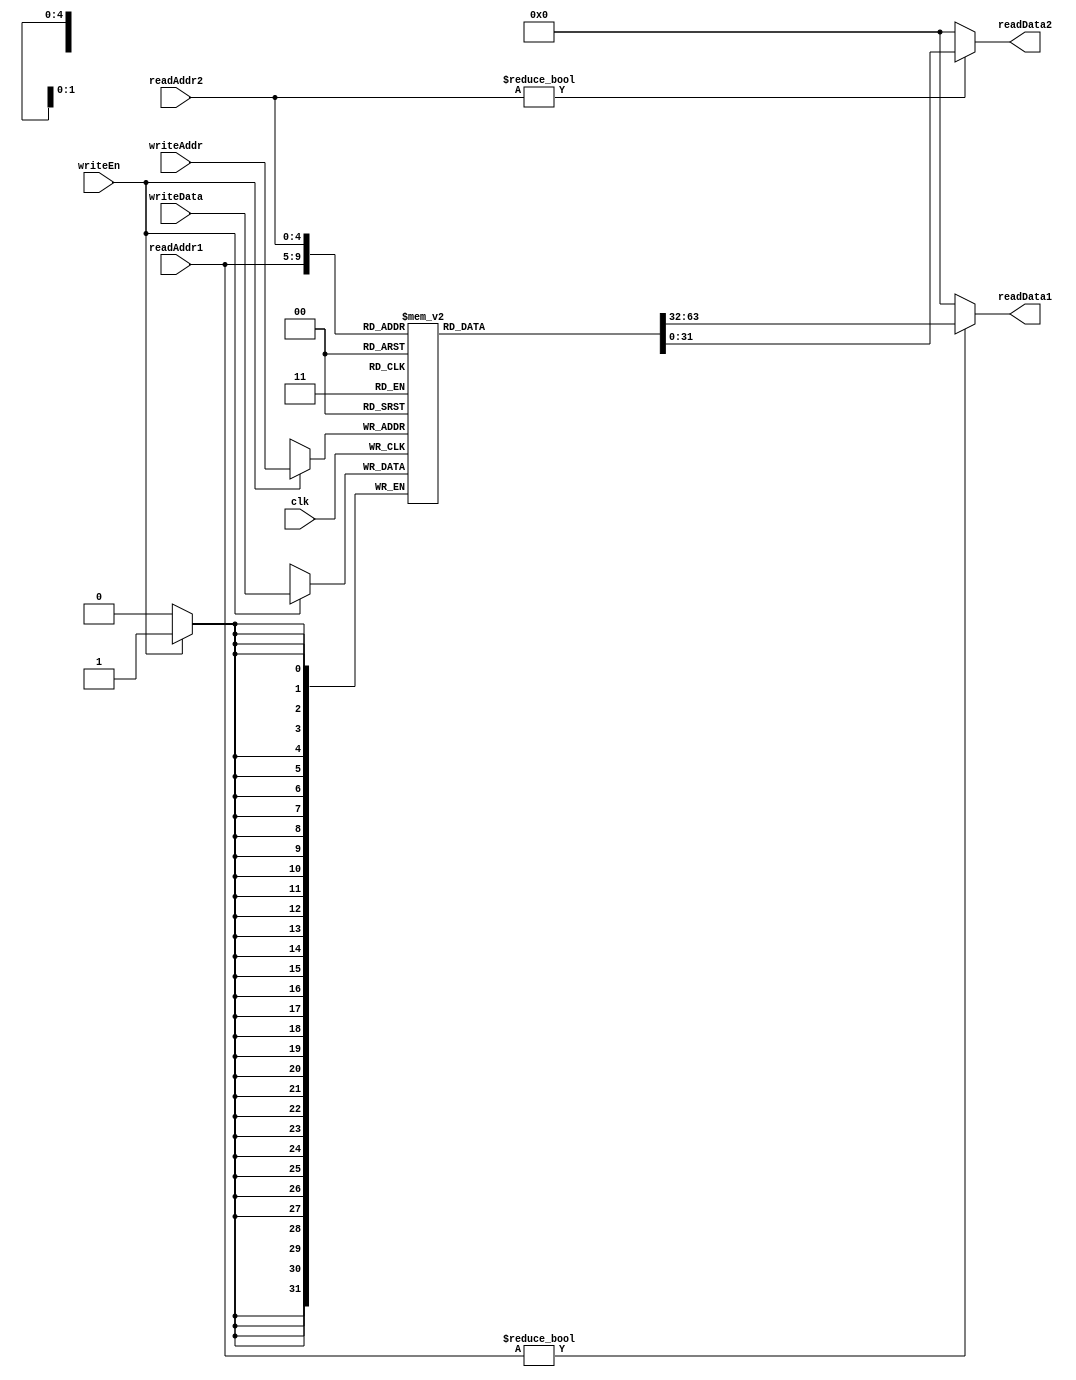
module registerFile #(parameter BIT_WIDTH=32, parameter ADDR_WIDTH=5) //32x32 register bank of the CPU
(
	input clk,
	input writeEn, //write enable
	input [ADDR_WIDTH-1:0] readAddr1,  //2 register read capabiity
	input [ADDR_WIDTH-1:0] readAddr2,
	input [ADDR_WIDTH-1:0] writeAddr,  //write register at address
	input [BIT_WIDTH-1:0] writeData,   //write data
	output [BIT_WIDTH-1:0] readData1,  //2 read data
	output [BIT_WIDTH-1:0] readData2   
);

reg [BIT_WIDTH-1:0] registerf[BIT_WIDTH-1:0] ; //2D array register bank
assign readData1 = (readAddr1!=0) ? registerf[readAddr1] :0;    //read data at address
assign readData2 = (readAddr2!=0) ? registerf[readAddr2]	:0;    

integer i;
initial begin //initialize register bank as all zeros
    for (i = 0; i < BIT_WIDTH; i = i + 1) begin
        registerf[i] = {BIT_WIDTH{1'b0}};
    end
    end

always @(posedge clk)
begin
	if(writeEn)    //write data at address
	begin
		registerf[writeAddr] <=writeData;
	end
end
endmodule